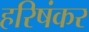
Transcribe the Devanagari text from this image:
हरिषंकर